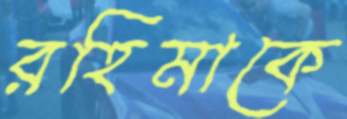
রহিমাকে